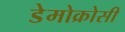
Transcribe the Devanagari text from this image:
डेमोक्रोसी